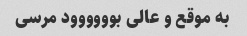
به موقع و عالی بوووووود مرسی